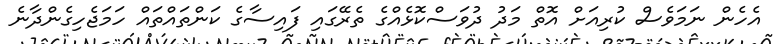
އެހެން ނަމަވެސް ކުރިއަށް އޮތް މަދު ދުވަސްކޮޅެއްގެ ތެރޭގައި ފައިސާގެ ކަންތައްތައް ހަމަޖެހިގެންދާނެ